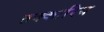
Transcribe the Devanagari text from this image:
तक्कारिय